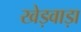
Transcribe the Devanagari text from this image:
खेड़वाड़ा